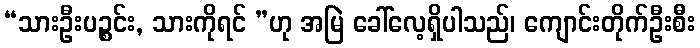
“သားဦးပဉ္စင်း, သားကိုရင် ”ဟု အမြဲ ခေါ်လေ့ရှိပါသည်၊ ကျောင်းတိုက်ဦးစီး